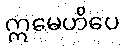
ဣမေဟိပေ